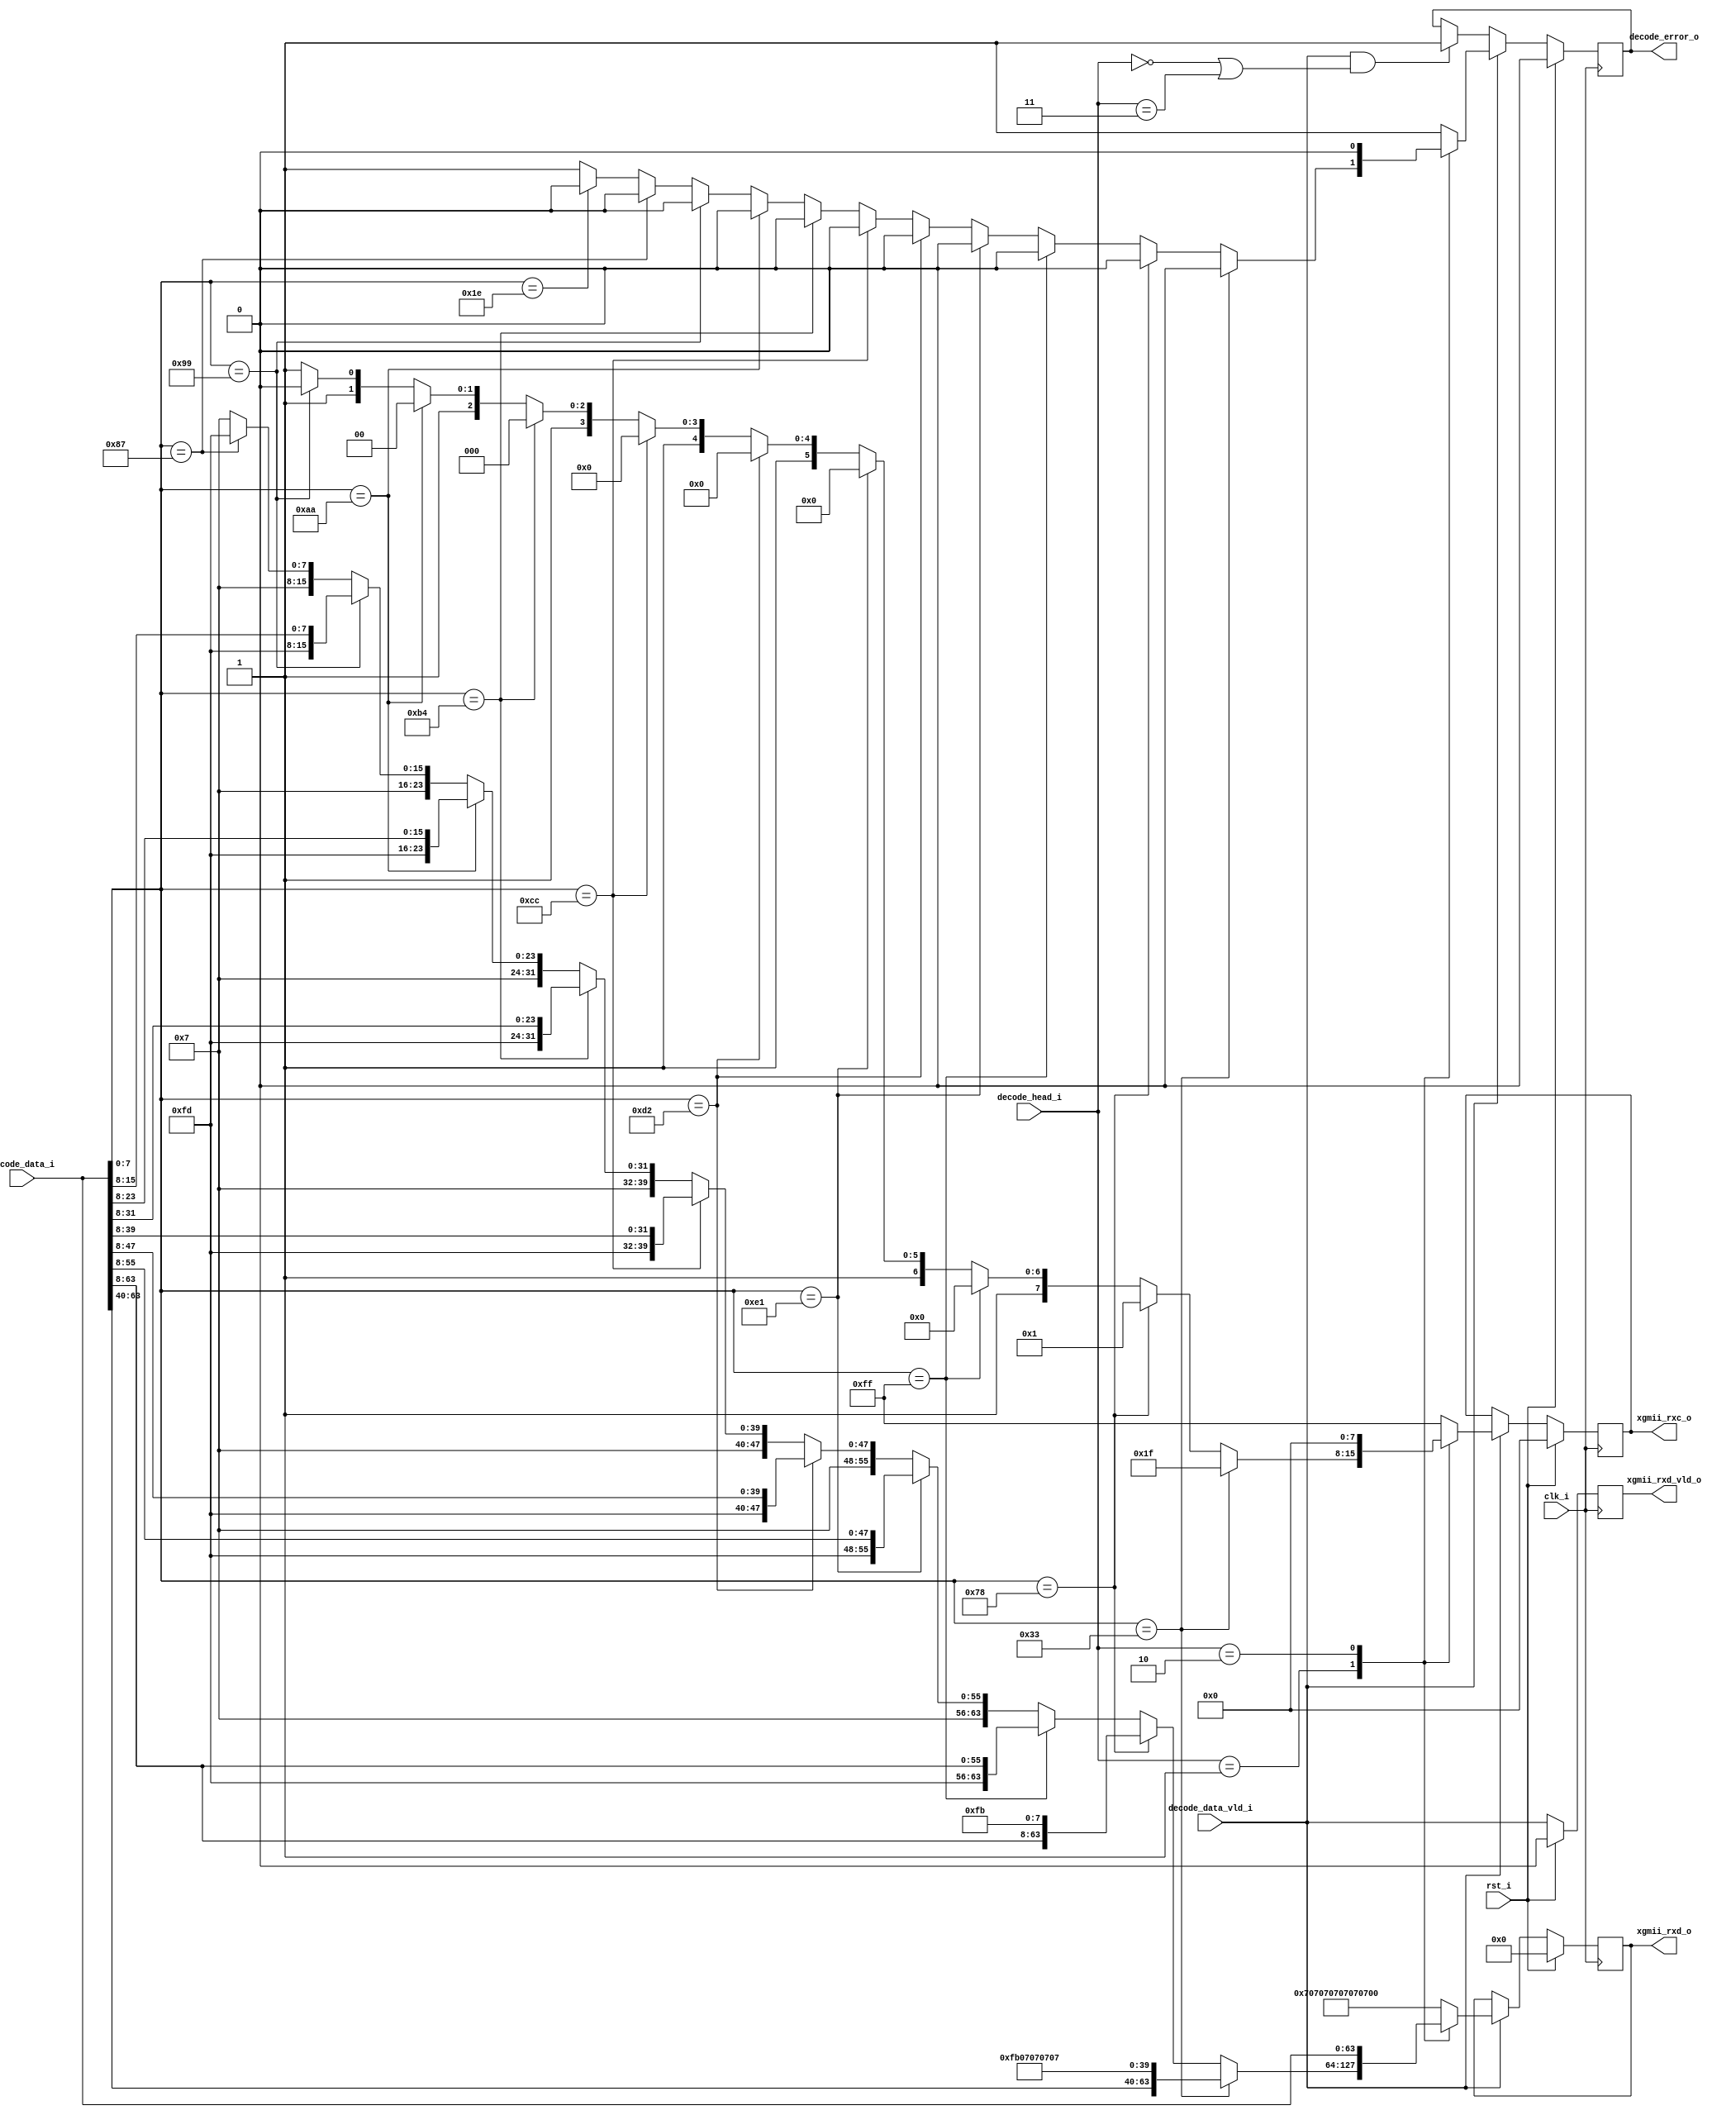
///////////////////////////////////////////////////////////////////////////////
//
// description:
//   connect to gtx
//   when got unknown block type field, send a 'decode_error_o' out with all
//   idle command to xgmii rx interface
///////////////////////////////////////////////////////////////////////////////

`timescale 1ns/100ps

module decode_64b_66b(
    input           clk_i,              // Freq = 156.25*2
    input           rst_i,

    input   [63:0]  decode_data_i,
    input   [ 1:0]  decode_head_i,
    input           decode_data_vld_i,  // decode data valid

    output  [63:0]  xgmii_rxd_o,
    output  [ 7:0]  xgmii_rxc_o,
    output          xgmii_rxd_vld_o,
    output          decode_error_o

);

///////////////////////////////////////////////////////////////////////////////
//                       register
///////////////////////////////////////////////////////////////////////////////
    reg     [63:0]      r_rxd_d1;
    reg     [ 7:0]      r_rxc_d1;
    reg                 r_rxd_vld_d1;
    reg                 r_decode_error_d1;
///////////////////////////////////////////////////////////////////////////////
//                         body
///////////////////////////////////////////////////////////////////////////////
    always @(posedge clk_i) begin
        if (rst_i == 1'b1) begin
            r_rxd_d1            <= 64'h0;
            r_rxc_d1            <= 8'h0;
            r_rxd_vld_d1        <= 1'b0;
            r_decode_error_d1   <= 1'b0;
        end else begin
            r_rxd_vld_d1        <= decode_data_vld_i;
            if(decode_data_vld_i == 1'b1 && (decode_head_i == 2'b00 || decode_head_i == 2'b11)) begin
                r_decode_error_d1   <= 1'b1;
            end 
            if(decode_data_vld_i == 1'b1) begin
                r_decode_error_d1   <= 1'b0;
                case(decode_head_i)
                    2'b01: begin
                        if(decode_data_i[7:0] == 8'h33) begin// start 4
                            r_rxd_d1            <= {decode_data_i[63:40], 8'hFB, 32'h07070707};
                            r_rxc_d1            <= 8'h1f;
                        end else if(decode_data_i[7:0] == 8'h78) begin// start 0
                            r_rxd_d1            <= {decode_data_i[63:8], 8'hfb};
                            r_rxc_d1            <= 8'h01;
                        end else if(decode_data_i[7:0] == 8'hff) begin// end 7
                            r_rxd_d1            <= {8'hfd, decode_data_i[63:8]};
                            r_rxc_d1            <= 8'h80;    
                        end else if(decode_data_i[7:0] == 8'he1) begin// end 6
                            r_rxd_d1            <= {8'h07, 8'hfd, decode_data_i[55:8]};
                            r_rxc_d1            <= 8'hC0;
                        end else if(decode_data_i[7:0] == 8'hd2) begin// end 5
                            r_rxd_d1            <= {8'h07, 8'h07, 8'hfd, decode_data_i[47:8]};
                            r_rxc_d1            <= 8'hE0;
                        end else if(decode_data_i[7:0] == 8'hcc) begin// end 4
                            r_rxd_d1            <= {8'h07, 8'h07, 8'h07, 8'hfd, decode_data_i[39:8]};
                            r_rxc_d1            <= 8'hF0;
                        end else if(decode_data_i[7:0] == 8'hb4) begin// end 3
                            r_rxd_d1            <= {8'h07, 8'h07, 8'h07, 8'h07, 8'hfd, decode_data_i[31:8]};
                            r_rxc_d1            <= 8'hF8;
                        end else if(decode_data_i[7:0] == 8'haa) begin// end 2
                            r_rxd_d1            <= {40'h0707070707, 8'hfd, decode_data_i[23:8]};
                            r_rxc_d1            <= 8'hFC;
                        end else if(decode_data_i[7:0] == 8'h99) begin// end 1
                            r_rxd_d1            <= {48'h070707070707, 8'hfd, decode_data_i[15:8]};
                            r_rxc_d1            <= 8'hFE;
                        end else if(decode_data_i[7:0] == 8'h87) begin// end 0
                            r_rxd_d1            <= {56'h07070707070707, 8'hfd};
                            r_rxc_d1            <= 8'hFF;
                        end else begin
                            r_rxd_d1            <= 64'h07070707_07070707;
                            r_rxc_d1            <= 8'hff;
                            if(decode_data_i[7:0] == 8'h1e) begin// idle
                                r_decode_error_d1   <= 1'b0;
                            end else begin
                                r_decode_error_d1   <= 1'b1;
                            end
                        end 
                    end
                    2'b10: begin
                        r_rxd_d1            <= decode_data_i;
                        r_rxc_d1            <= 8'h0;
                    end
                    default: begin
                        r_rxd_d1            <= 64'h07070707_07070707;
                        r_rxc_d1            <= 8'hff;
                        r_decode_error_d1   <= 1'b1;
                    end
                endcase
            end
        end

      
    end 

    assign  xgmii_rxd_o = r_rxd_d1;
    assign  xgmii_rxc_o = r_rxc_d1;
    assign  xgmii_rxd_vld_o = r_rxd_vld_d1;
    assign  decode_error_o = r_decode_error_d1;
endmodule